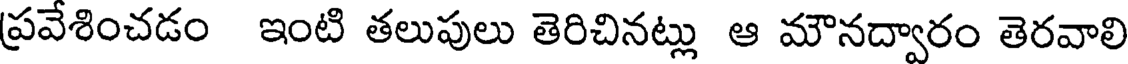
ప్రవేశించడం ఇంటి తలుపులు తెరిచినట్లు ఆ మౌనద్వారం తెరవాలి